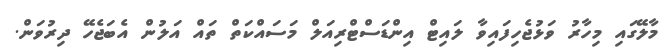
މާލޭގައި މިހާރު ވަޅުޖެހިފައިވާ ލައިޓް އިންޑަސްޓްރިއަލް މަސައްކަތް ތައް އަލުން އެބަޖެހޭ ދިރުވަން.